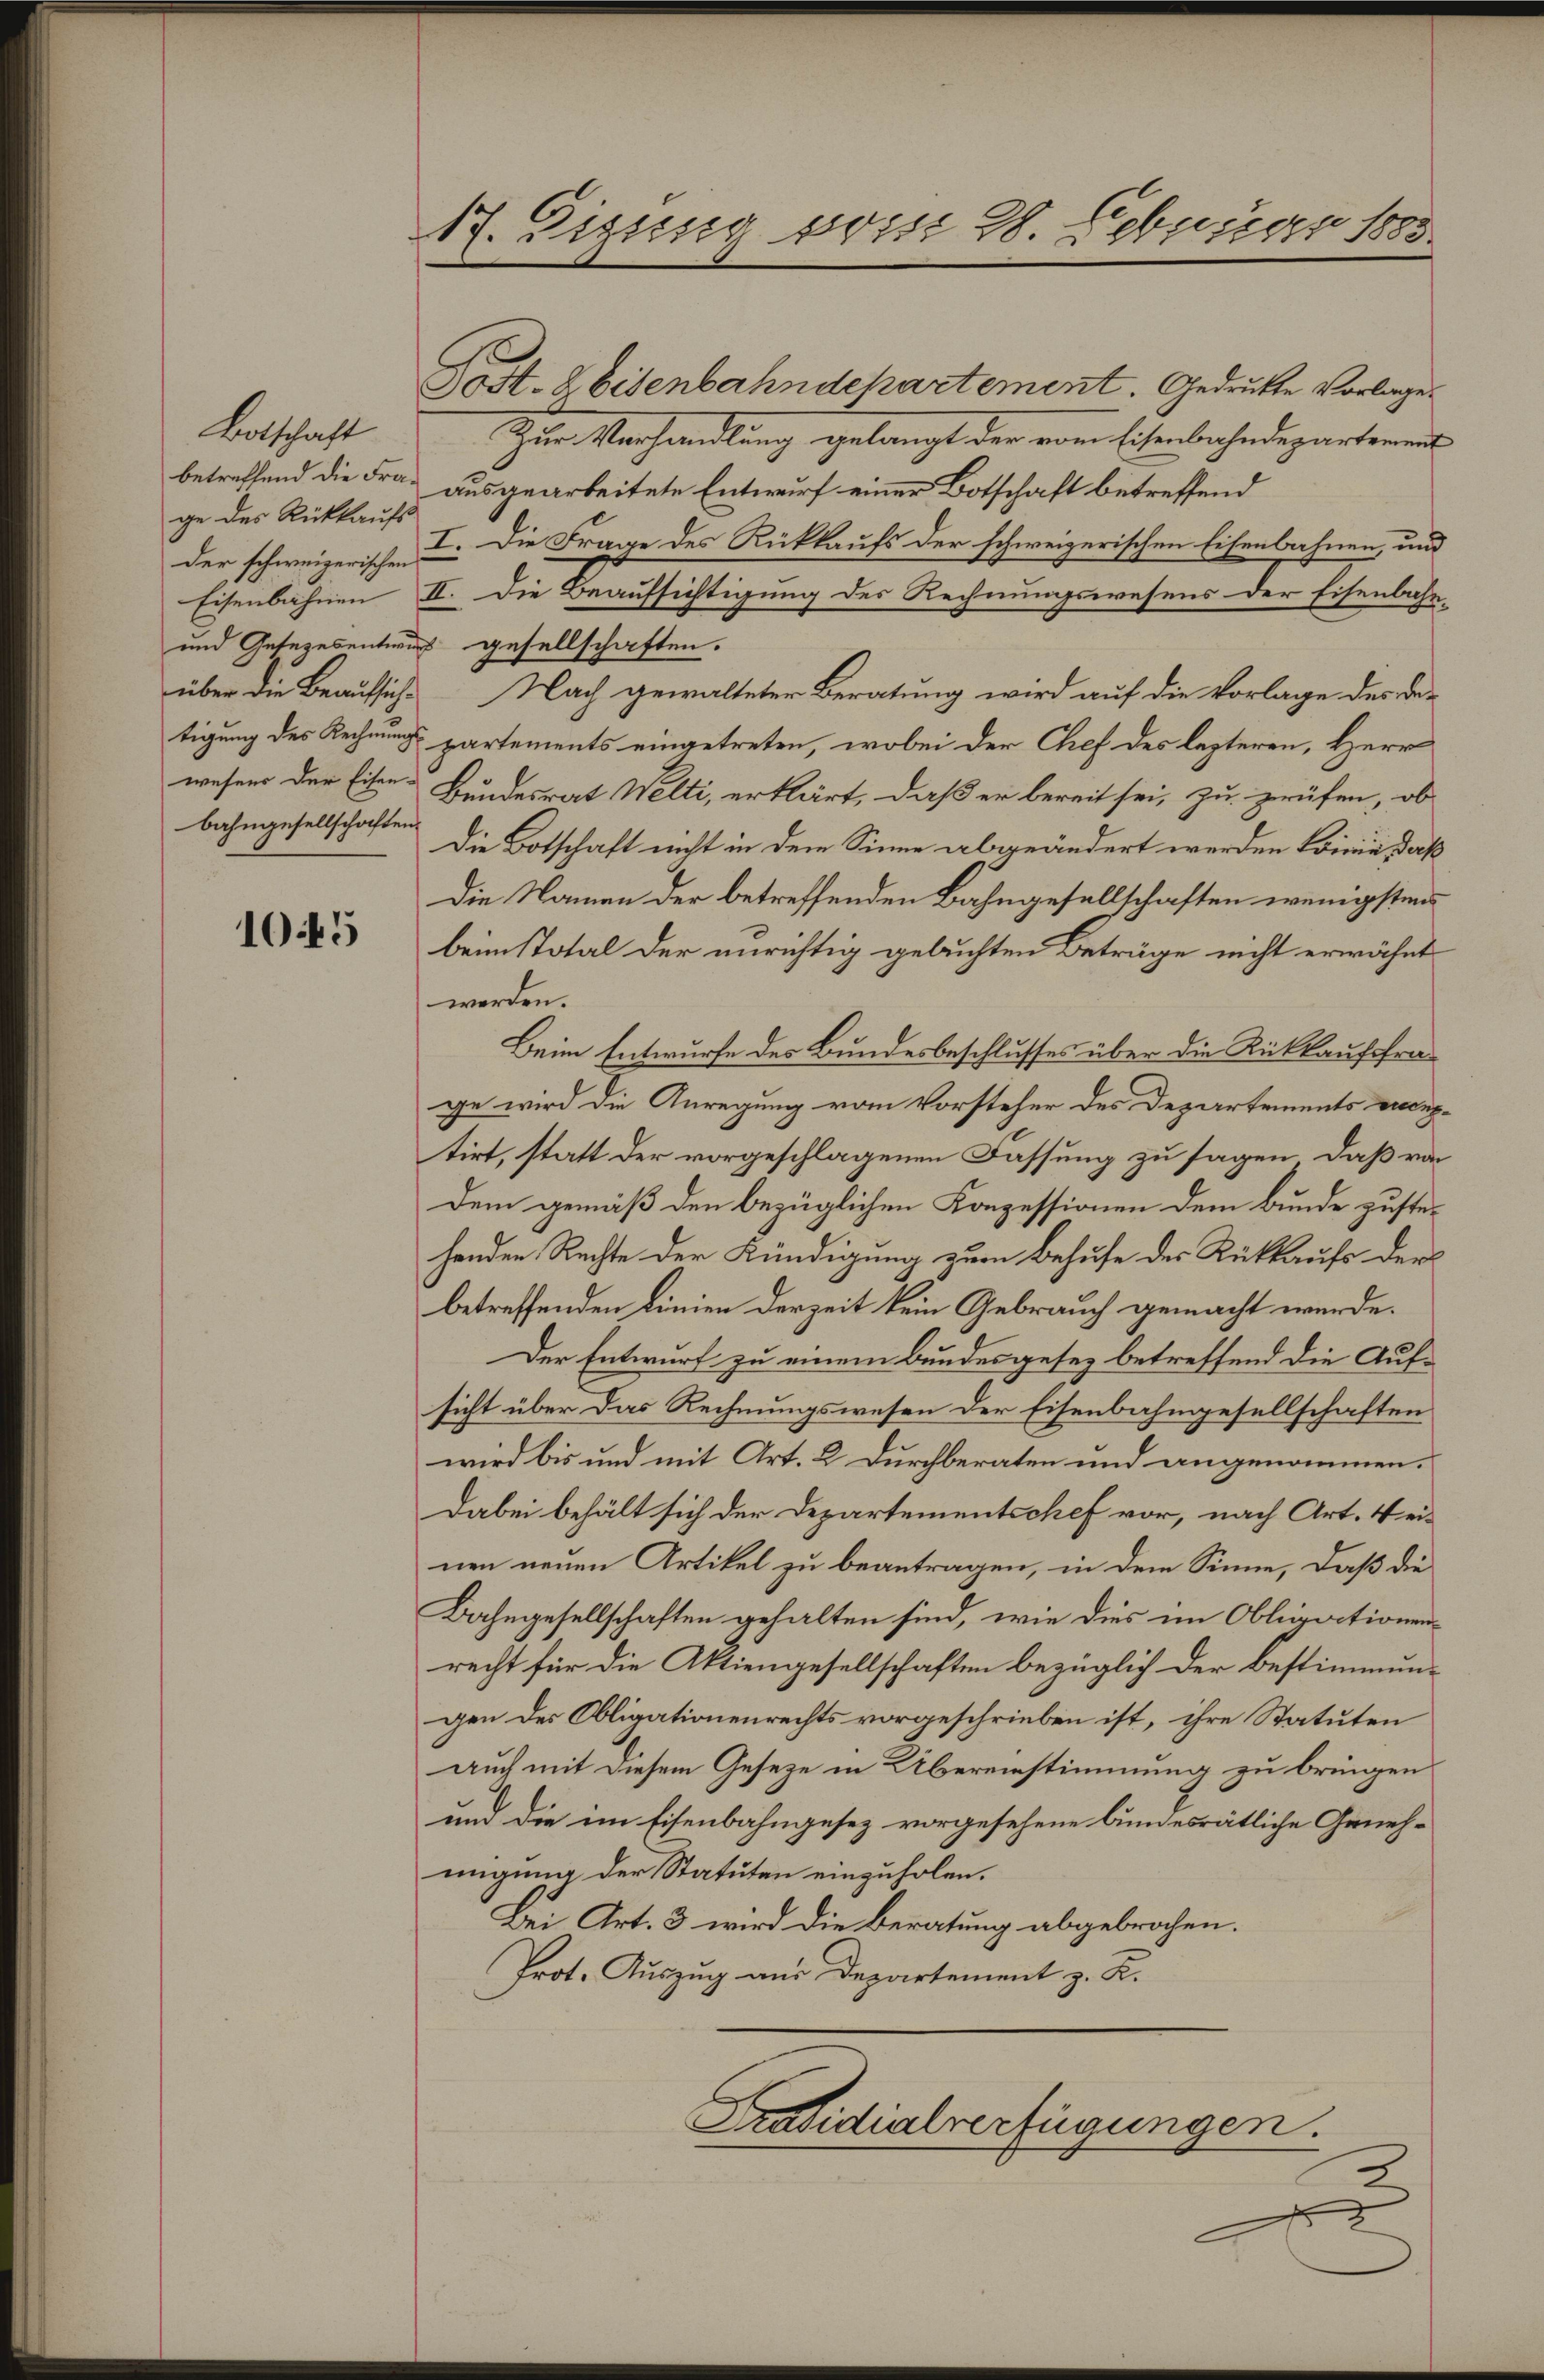
Botschaft
betreffend die Frage des Rückkaufs
Der schweizerischen
Eisenbahnen
wesens der Eisen-
bahngesellschaften.

1045

17. Zizessig vom 28. Februar 1883.

Post. Weisenbahndepartement. Gedruckte Vorlage.
Zur Verhandlung gelangt der vom Eisenbahndepartements
ausgearbeitete Entwurf einer Botschaft betreffend
I. Die Frage des Rückkaufs der schweizerischen Eisenbahnen, und
II. Die Beaufsichtigung des Rechnungswesens der Eisenbahn-
und Gesetzesentwurf gesellschaften.
über die Beaufsiche Nach gewalteter Beratung wird auf die Vorlage des Be-
tigung des Rechnung partements eingetreten, wobei der Chef des lezteren, Herr
Bundesrat Welti, erklärt, daß er bereit sei, zu prüfen, ob
Die Botschaft nicht in dem Sinne abgeändert werden könne, daß
Die Namen der betreffenden Bahngesellschaften wenigstens
beim Stotal der anrichtig geluchten Beträge nicht erwähnt
werden.
Beim Entwurfe des Bundesbeschlusses über die Rückkauffrage wird die Anregung vom Vorsteher des Departements eingtirt, statt der vorgeschlagenen Fassung zu sagen, daß von
dem gemäß den bezüglichen Konzessionen dem Bunde zustehenden Rechte der Kündigung zum Behufe der Rückkaufs der
betreffenden Linien derzeit kein Gebrauch gemacht werde.
Der Entwurf zu einem Bundesgesez betreffend die Aufsicht über das Rechnungswesen der Eisenbahngesellschaften
wird bis und mit Art. 2. Durchberaten und angenommen.
Dabei behält sich der Departementschef vor, nach Art. Weinen neuen Artikel zu beantragen, in dem Sinne, daß die
Bahngesellschaften gehalten sind, wie dies im Obligationen
recht für die Aktiengesellschaften bezüglich der Bestimmungen des Obligationenrechts vorgeschrieben ist, ihre Statuten
auch mit diesem Geseze in Übereinstimmung zu bringen.
und die im Eisenbahngesez vorgesehene bundesrätliche Geneh-
migung der Statuten einzuholen.
Bei Art. 3 wird die Beratung abgebrochen.
Prot. Auszug aus Departement z. K.
Präsidialverfügungen.

e